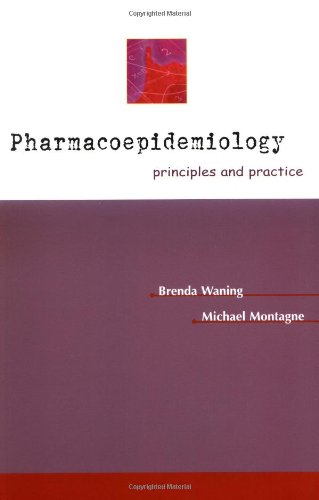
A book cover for Pharmacoepidemiology: Principles & Practice; Brenda Waning; Medical Books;